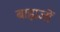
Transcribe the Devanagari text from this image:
बाह्मजों